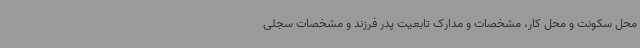
محل سکونت و محل کار، مشخصات و مدارک تابعیت پدر فرزند و مشخصات سجلی